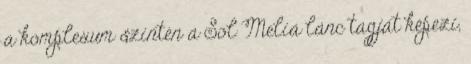
a komplexum szintén a Sol Meliá lánc tagját képezi,